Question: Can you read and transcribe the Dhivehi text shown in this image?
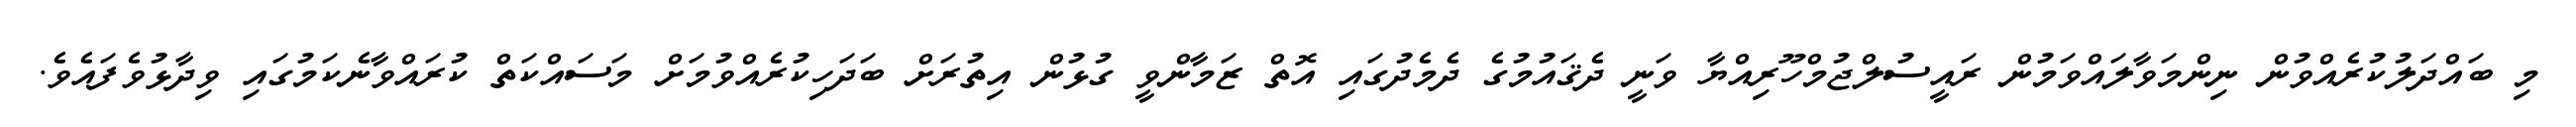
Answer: މި ބައްދަލުކުރެއްވުން ނިންމަވާލައްވަމުން ރައީސުލްޖުމްހޫރިއްޔާ ވަނީ ދެޤައުމުގެ ދެމެދުގައި އޮތް ޒަމާންވީ ގުޅުން އިތުރަށް ބަދަހިކުރެއްވުމަށް މަސައްކަތް ކުރައްވާނެކަމުގައި ވިދާޅުވެފައެވެ.